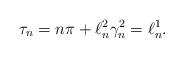
LaTeX: \begin{align*} \tau_n= n\pi+ \ell^2_n \gamma_n^2= \ell^1_n.\end{align*}